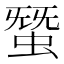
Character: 𧌩